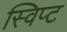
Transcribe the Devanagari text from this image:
स्विप्ट